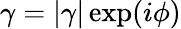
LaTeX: \gamma=|\gamma|\exp(i\phi)